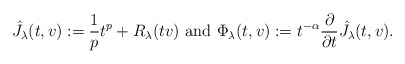
\begin{align*} \hat J_\lambda(t,v) := \frac 1p t^p + R_\lambda(tv) \mbox{ and } \Phi_\lambda(t,v) := t^{-\alpha} \frac \partial{\partial t} \hat J_\lambda(t,v).\end{align*}